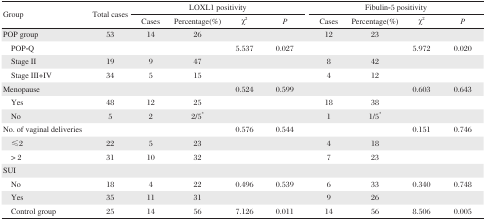
<table><thead><tr><td rowspan="2"><b>Group</b></td><td rowspan="2"><b>Total cases</b></td><td colspan="4"><b>LOXL1 positivity</b></td><td colspan="4"><b>Fibulin-5 positivity</b></td></tr><tr><td><b>Cases</b></td><td><b>Percentage(%)</b></td><td><b>χ<sup>2</sup></b></td><td><b><i>P</i></b></td><td><b>Cases</b></td><td><b>Percentage(%)</b></td><td><b>χ<sup>2</sup></b></td><td><b><i>P</i></b></td></tr></thead><tbody><tr><td>POP group</td><td>53</td><td>14</td><td>26</td><td></td><td></td><td>12</td><td>23</td><td></td><td></td></tr><tr><td> POP-Q</td><td></td><td></td><td></td><td>5.537</td><td>0.027</td><td></td><td></td><td>5.972</td><td>0.020</td></tr><tr><td> Stage II</td><td>19</td><td>9</td><td>47</td><td></td><td></td><td>8</td><td>42</td><td></td><td></td></tr><tr><td> Stage III+IV</td><td>34</td><td>5</td><td>15</td><td></td><td></td><td>4</td><td>12</td><td></td><td></td></tr><tr><td>Menopause</td><td></td><td></td><td></td><td>0.524</td><td>0.599</td><td></td><td></td><td>0.603</td><td>0.643</td></tr><tr><td> Yes</td><td>48</td><td>12</td><td>25</td><td></td><td></td><td>18</td><td>38</td><td></td><td></td></tr><tr><td> No</td><td>5</td><td>2</td><td>2/5*</td><td></td><td></td><td>1</td><td>1/5*</td><td></td><td></td></tr><tr><td>No. of vaginal deliveries</td><td></td><td></td><td></td><td>0.576</td><td>0.544</td><td></td><td></td><td>0.151</td><td>0.746</td></tr><tr><td> ≤2</td><td>22</td><td>5</td><td>23</td><td></td><td></td><td>4</td><td>18</td><td></td><td></td></tr><tr><td> &gt; 2</td><td>31</td><td>10</td><td>32</td><td></td><td></td><td>7</td><td>23</td><td></td><td></td></tr><tr><td>SUI</td><td></td><td></td><td></td><td></td><td></td><td></td><td></td><td></td><td></td></tr><tr><td> No</td><td>18</td><td>4</td><td>22</td><td>0.496</td><td>0.539</td><td>6</td><td>33</td><td>0.340</td><td>0.748</td></tr><tr><td> Yes</td><td>35</td><td>11</td><td>31</td><td></td><td></td><td>9</td><td>26</td><td></td><td></td></tr><tr><td> Control group</td><td>25</td><td>14</td><td>56</td><td>7.126</td><td>0.011</td><td>14</td><td>56</td><td>8.506</td><td>0.005</td></tr></tbody></table>